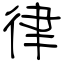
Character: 律